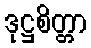
ဒုဋ္ဌစိတ္တာ